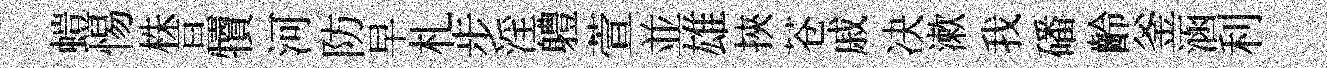
螘惕株亘犢河防早札步淫軆萱並雄挾苍戚决漱我磻齡釜涵利